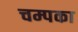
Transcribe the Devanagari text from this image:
चम्पका